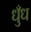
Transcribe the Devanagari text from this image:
धुँध